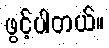
ဖွင့်ပါတယ်။